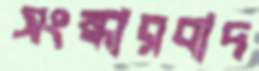
সংস্কারবাদ